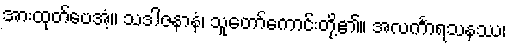
အားထုတ်ပေအံ့။ သဒါဇနာနံ၊ သူတော်ကောင်းတို့၏။ အလင်္ကာရသနဿ၊